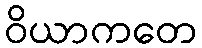
ဝိယာကတေ